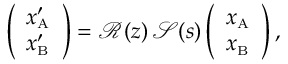
\left( \begin{array} { l } { x _ { \mathrm { \scriptscriptstyle A } } ^ { \prime } } \\ { x _ { \mathrm { \scriptscriptstyle B } } ^ { \prime } } \end{array} \right) = \mathcal { R } ( z ) \, \mathcal { S } ( s ) \left( \begin{array} { l } { x _ { \mathrm { \scriptscriptstyle A } } } \\ { x _ { \mathrm { \scriptscriptstyle B } } } \end{array} \right) ,